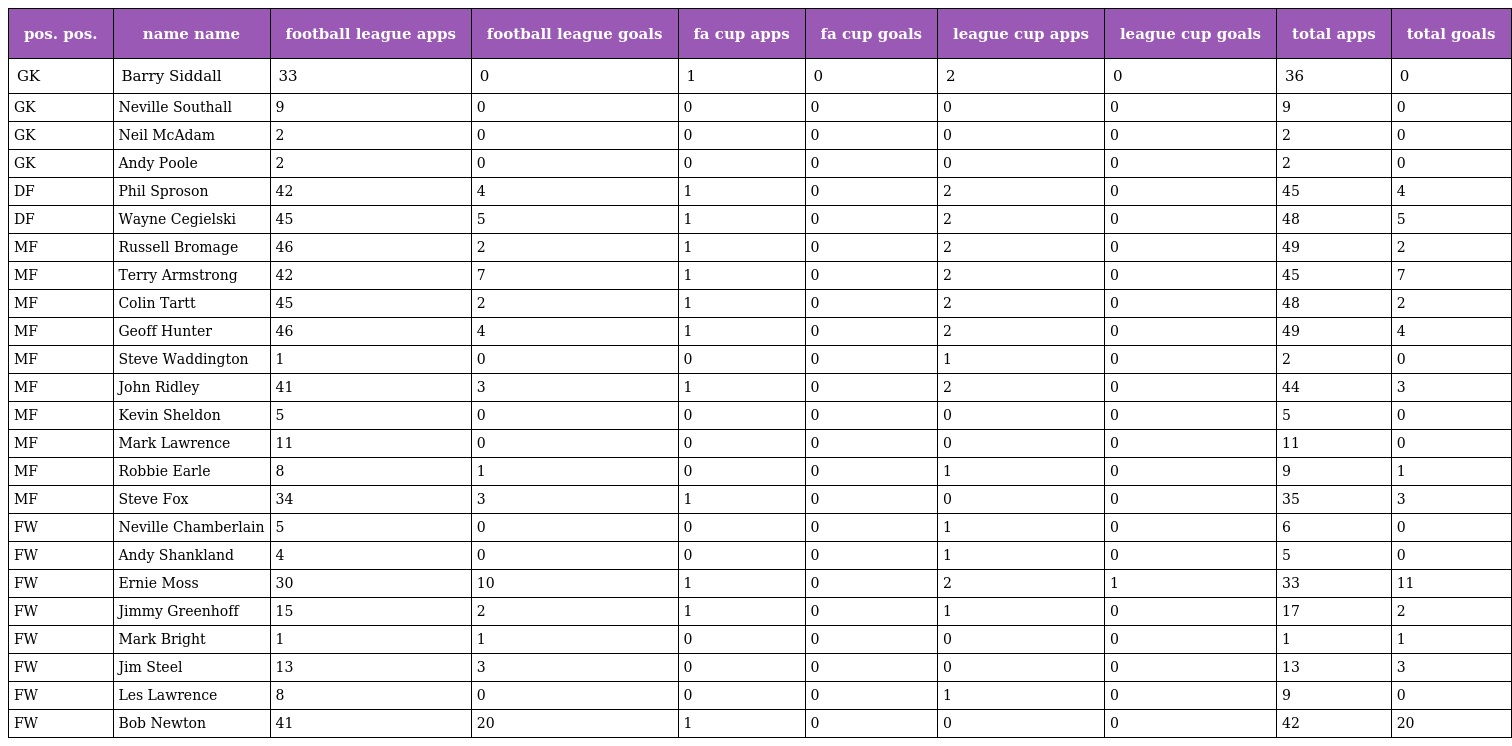
| pos. pos. | name name | football league apps | football league goals | fa cup apps | fa cup goals | league cup apps | league cup goals | total apps | total goals |
 | --- | --- | --- | --- | --- | --- | --- | --- | --- | --- |
 | GK | Barry Siddall | 33 | 0 | 1 | 0 | 2 | 0 | 36 | 0 |
 | GK | Neville Southall | 9 | 0 | 0 | 0 | 0 | 0 | 9 | 0 |
 | GK | Neil McAdam | 2 | 0 | 0 | 0 | 0 | 0 | 2 | 0 |
 | GK | Andy Poole | 2 | 0 | 0 | 0 | 0 | 0 | 2 | 0 |
 | DF | Phil Sproson | 42 | 4 | 1 | 0 | 2 | 0 | 45 | 4 |
 | DF | Wayne Cegielski | 45 | 5 | 1 | 0 | 2 | 0 | 48 | 5 |
 | MF | Russell Bromage | 46 | 2 | 1 | 0 | 2 | 0 | 49 | 2 |
 | MF | Terry Armstrong | 42 | 7 | 1 | 0 | 2 | 0 | 45 | 7 |
 | MF | Colin Tartt | 45 | 2 | 1 | 0 | 2 | 0 | 48 | 2 |
 | MF | Geoff Hunter | 46 | 4 | 1 | 0 | 2 | 0 | 49 | 4 |
 | MF | Steve Waddington | 1 | 0 | 0 | 0 | 1 | 0 | 2 | 0 |
 | MF | John Ridley | 41 | 3 | 1 | 0 | 2 | 0 | 44 | 3 |
 | MF | Kevin Sheldon | 5 | 0 | 0 | 0 | 0 | 0 | 5 | 0 |
 | MF | Mark Lawrence | 11 | 0 | 0 | 0 | 0 | 0 | 11 | 0 |
 | MF | Robbie Earle | 8 | 1 | 0 | 0 | 1 | 0 | 9 | 1 |
 | MF | Steve Fox | 34 | 3 | 1 | 0 | 0 | 0 | 35 | 3 |
 | FW | Neville Chamberlain | 5 | 0 | 0 | 0 | 1 | 0 | 6 | 0 |
 | FW | Andy Shankland | 4 | 0 | 0 | 0 | 1 | 0 | 5 | 0 |
 | FW | Ernie Moss | 30 | 10 | 1 | 0 | 2 | 1 | 33 | 11 |
 | FW | Jimmy Greenhoff | 15 | 2 | 1 | 0 | 1 | 0 | 17 | 2 |
 | FW | Mark Bright | 1 | 1 | 0 | 0 | 0 | 0 | 1 | 1 |
 | FW | Jim Steel | 13 | 3 | 0 | 0 | 0 | 0 | 13 | 3 |
 | FW | Les Lawrence | 8 | 0 | 0 | 0 | 1 | 0 | 9 | 0 |
 | FW | Bob Newton | 41 | 20 | 1 | 0 | 0 | 0 | 42 | 20 |